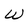
Character: W